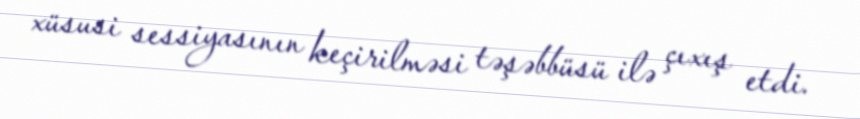
xüsusi sessiyasının keçirilməsi təşəbbüsü ilə çıxış etdi.